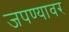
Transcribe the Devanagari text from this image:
जपण्यावर